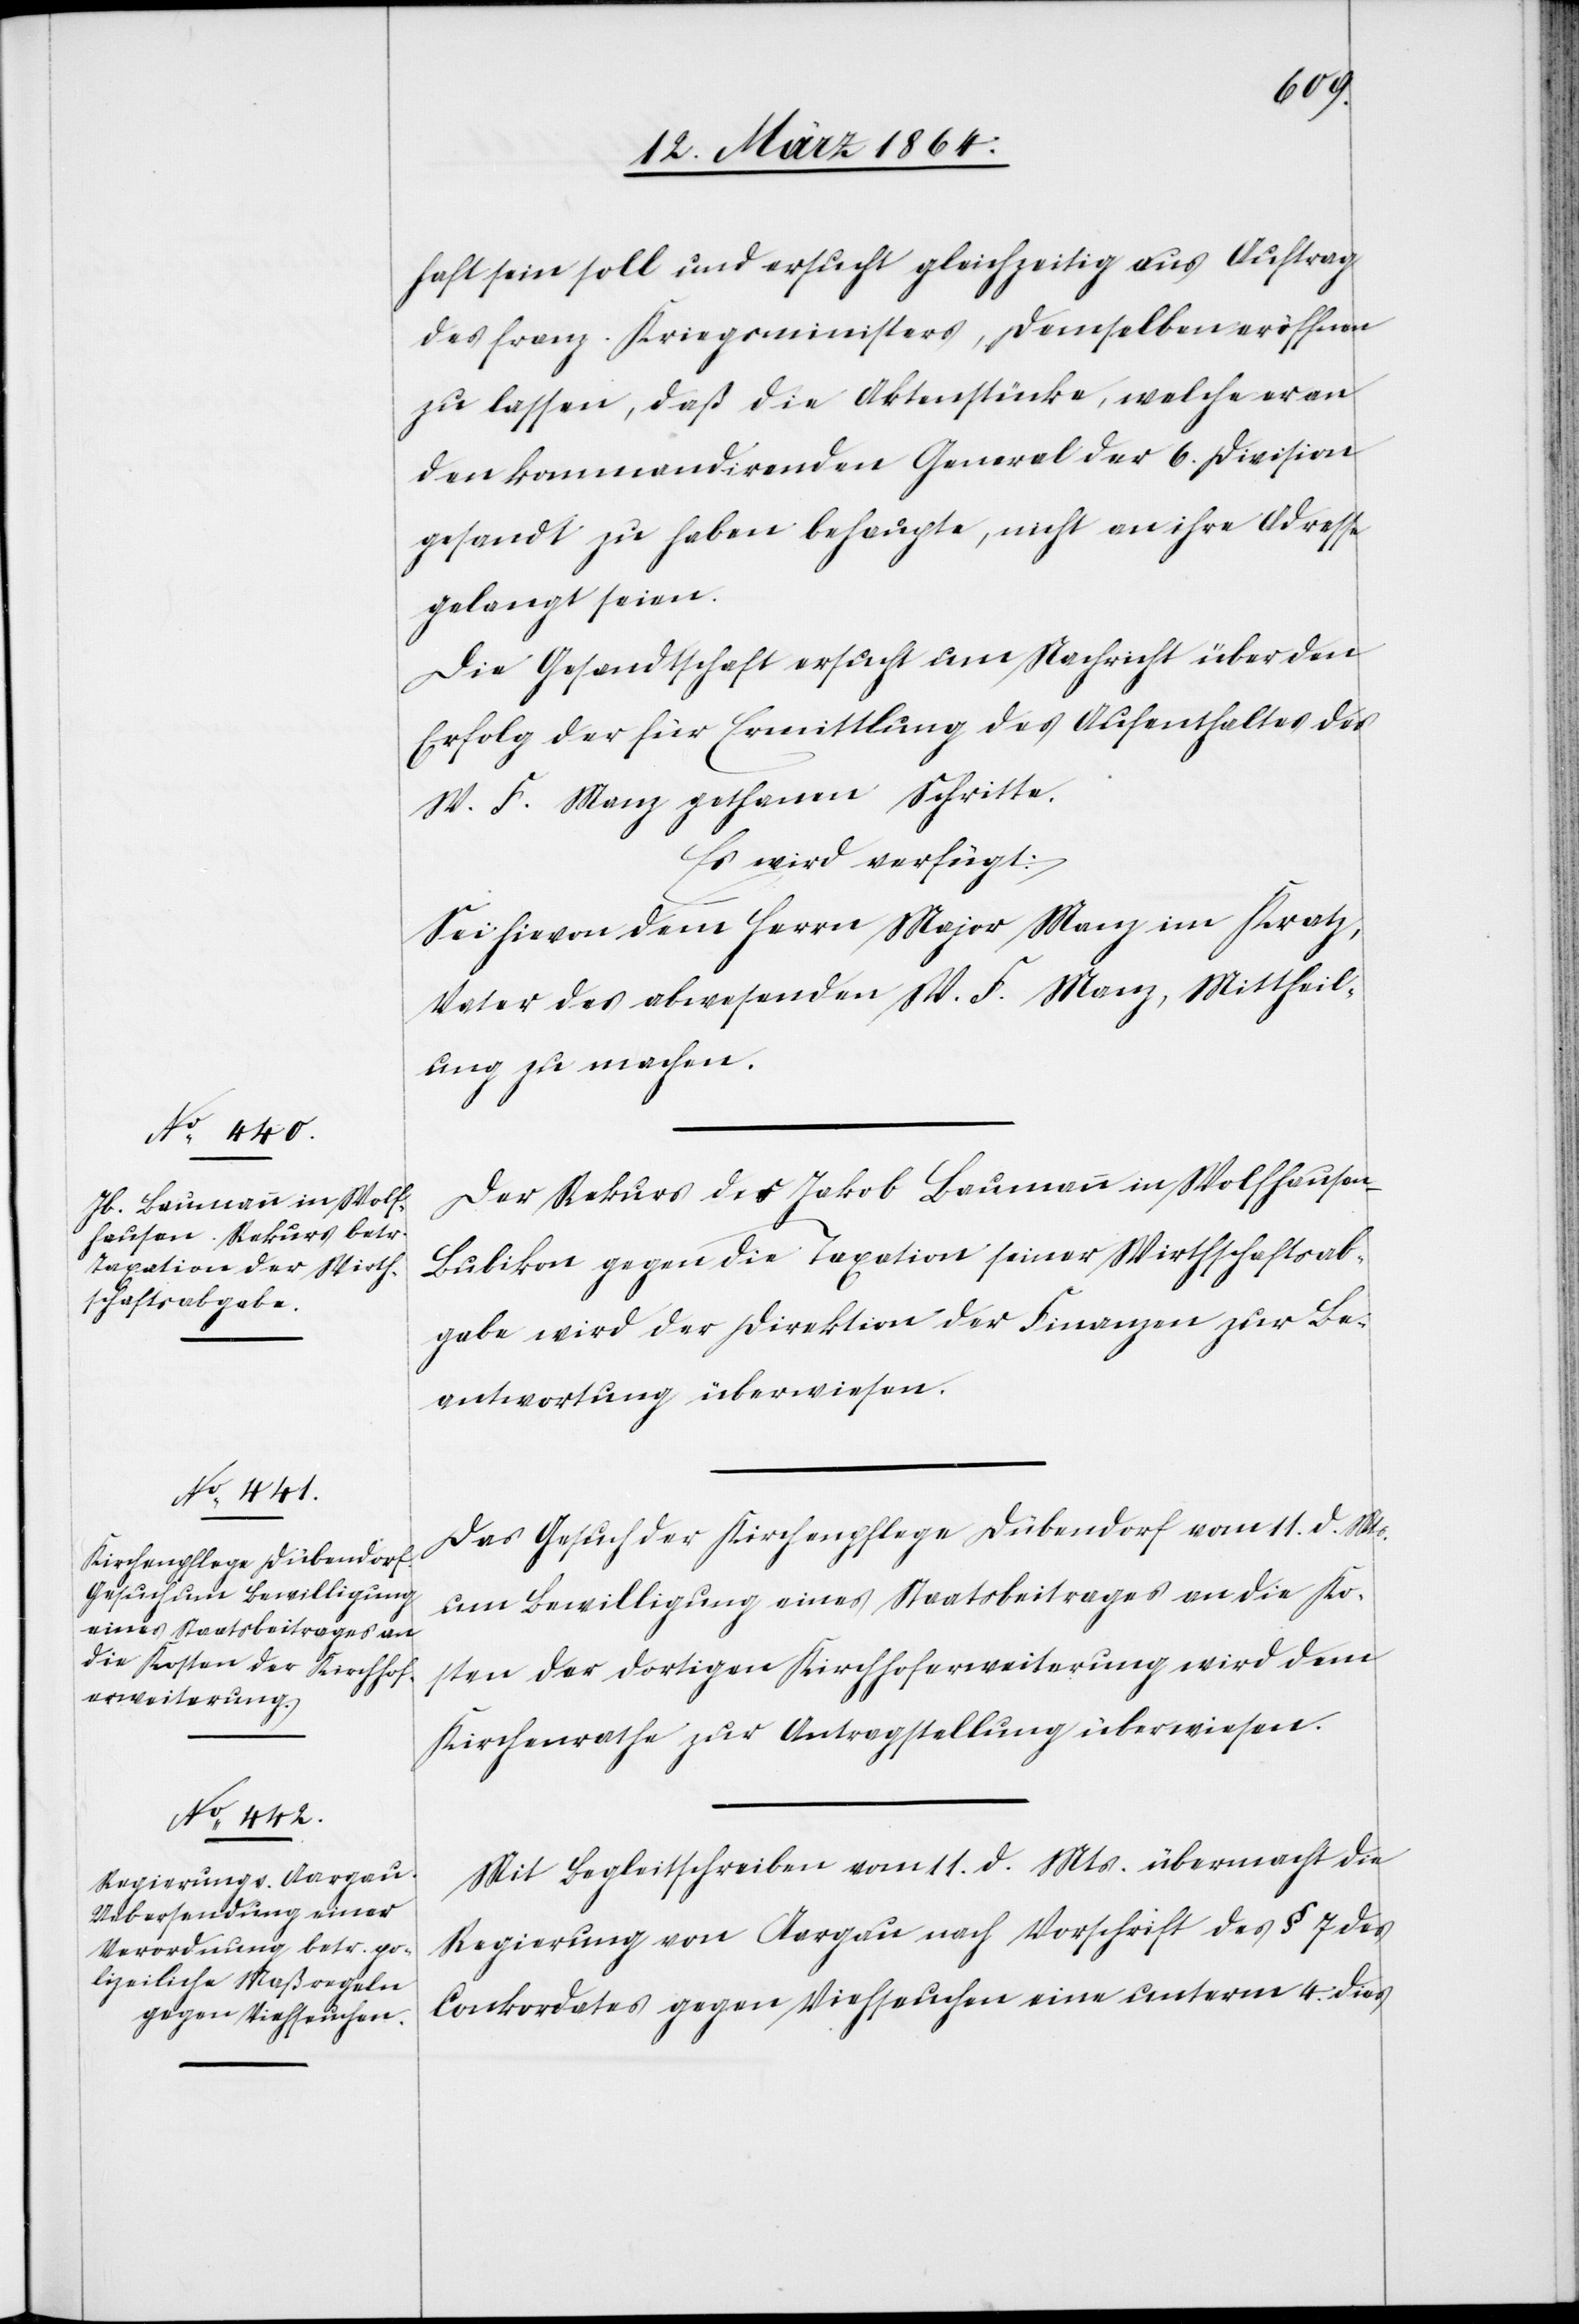
13. März 1864.]
haft sein soll und ersucht gleichzeitig aus Auftrag
des franz. Kriegsministers, demselben eröffnen
zu lassen, daß die Aktenstücke, welche er an
den kommandirenden General der 6. Division
gesandt zu haben behaupte, nicht an ihre Adresse
gelangt seien.
Die Gesandtschaft ersucht um Nachricht über den
Erfolg der für Ermittlung des Aufenthaltes des
W. F. Manz gethanen Schritte.
Es wird verfügt:
Sei hievon dem Herrn Major Manz im Kratz,
Vater des abwesenden W. F. Manz, Mittheil¬
ung zu machen.
Der Rekurs des Jakob Baumann in Wolfhause¬
n-Bubikon gegen die Taxation seiner Wirthschaftsab¬
gabe wird der Direktion der Finanzen zur Be¬
antwortung überwiesen.
Das Gesuch der Kirchenpflege Dübendorf vom 11. d. Mts.
um Bewilligung eines Staatsbeitrages an die Ko¬
sten der dortigen Kirchhoferweiterung wird dem
Kirchenrathe zur Antragstellung überwiesen.
Mit Begleitschreiben vom 11. d. Mts. übermacht die
Regierung von Aargau nach Vorschrift des § 7 des
Conkordates gegen Viehseuchen eine unterm 4. dies